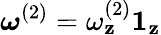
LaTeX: \boldsymbol{\omega}^{(2)}=\omega_{\mathbf{z}}^{(2)}\boldsymbol{1}_{\mathbf{z}}